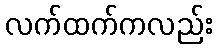
လက်ထက်ကလည်း